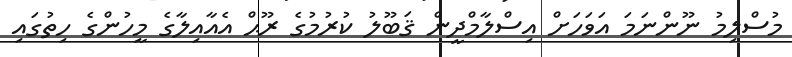
މުސްލިމު ނޫންނަމަ އަވަހަށް އިސްލާމްދީން ޤަބޫލު ކުރުމުގެ ރޫޙް އެއާއިލާގެ މީހުންގެ ހިތުގައި